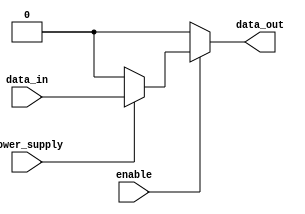
module IO_Block (
    input data_in,
    output data_out,
    input enable,
    input power_supply
);

assign data_out = enable ? (power_supply ? data_in : 1'b0) : 1'b0;

endmodule